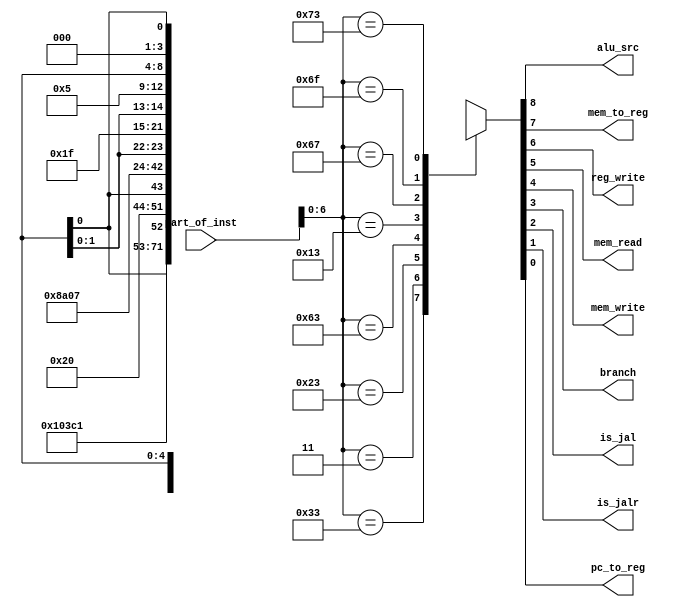
module ControlUnit (input [31:0] part_of_inst,
                    output  alu_src, mem_to_reg, reg_write, mem_read, mem_write, branch, is_jal, is_jalr, pc_to_reg);


reg [8:0] control;

assign {alu_src, mem_to_reg, reg_write, mem_read, mem_write, branch, is_jal, is_jalr, pc_to_reg} = control;

always @(*) begin
case(part_of_inst[6:0])
7'b0110011 : control = 9'b001000000; // R-type
7'b0000011 : control = 9'b111100000; // lw-type
7'b0100011 : control = 9'b1x0010000; // s-type
7'b1100011 : control = 9'b0x0001000; // sb-type
7'b0010011 : control = 9'b101000000; // I-type
7'b1100111 : control = 9'b111xx0011; // jalr-type
7'b1101111 : control = 9'b111xx0101; // jal-type
7'b1110011 : control = 9'bxxxxx000x; // ecall
default : control    = 9'bxxxxxxxxx;
endcase

end

// always @(part_of_inst) begin
//  $display("ControlUnit %x", part_of_inst);

// end
 

endmodule



module MUX (input [31 : 0] a, b,
            input  condition,
            output reg [31 : 0] out);

always @(condition or a or b) begin

  out = (condition == 1'b0) ? a : b;
end 
endmodule